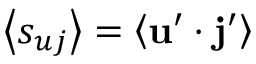
\left\langle s _ { u j } \right\rangle = \left\langle \mathbf { u } ^ { \prime } \cdot \mathbf { j } ^ { \prime } \right\rangle